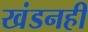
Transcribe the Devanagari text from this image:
खंडनही